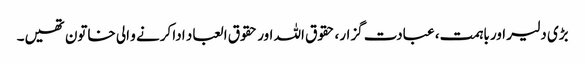
بڑی دلیر اور باہمت، عبادت گزار، حقوق اللہ اور حقوق العباد ادا کرنے و الی خاتون تھیں۔